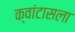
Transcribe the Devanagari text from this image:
क्वांटासला